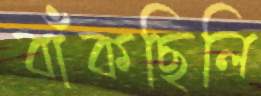
বাঁকছিলি